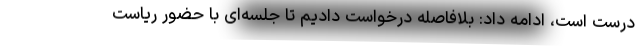
درست است، ادامه داد: بلافاصله درخواست دادیم تا جلسه‌ای با حضور ریاست